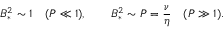
B _ { * } ^ { 2 } \sim 1 \quad ( P \ll 1 ) , \qquad B _ { * } ^ { 2 } \sim P = \frac { \nu } { \eta } \quad ( P \gg 1 ) .